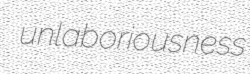
unlaboriousness